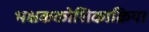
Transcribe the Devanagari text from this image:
भक्षककोशिकाक्रिया